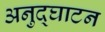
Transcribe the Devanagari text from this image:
अनुद्घाटन